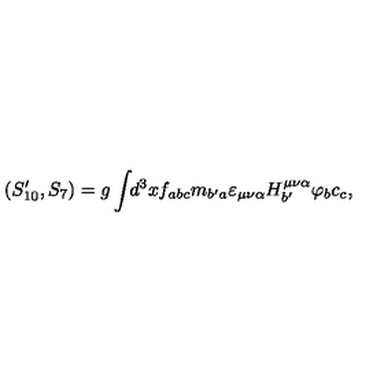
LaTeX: ( S _ { 1 0 } ^ { \prime } , S _ { 7 } ) = g \int \! \! d ^ { 3 } x f _ { a b c } m _ { b ^ { \prime } a } \varepsilon _ { \mu \nu \alpha } H _ { b ^ { \prime } } ^ { \mu \nu \alpha } \varphi _ { b } c _ { c } ,